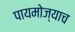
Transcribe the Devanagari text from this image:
पायमोज्याच